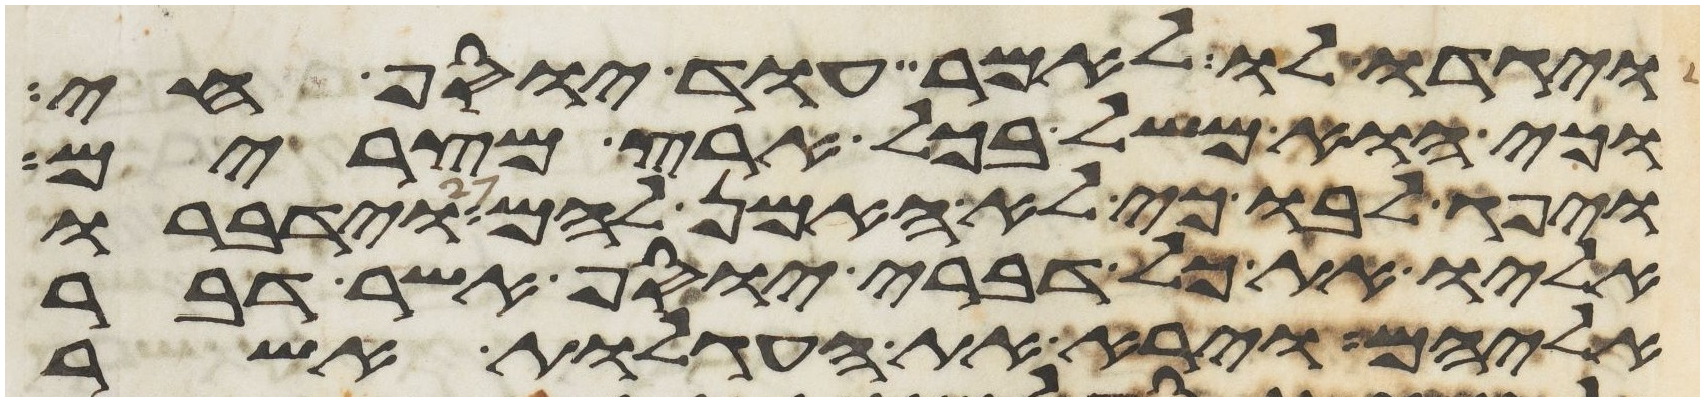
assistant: ויגדו לו לאמר עוד יוסף חי
וכי הוא משל בכל ארץ מצרים
ויפג לבו כי לא האמן להם וידברו
אליו את כל דברי יוסף אשר דבר
אליהם וירא את העגלות אשר